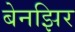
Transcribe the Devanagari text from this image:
बेनझिर